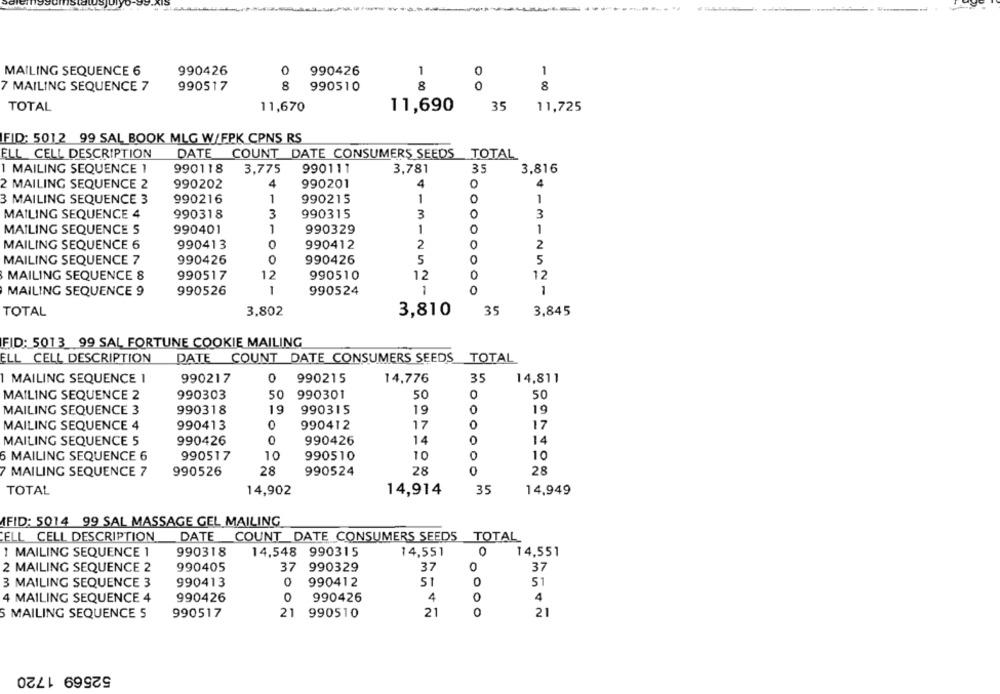
0
MAILING SEQUENCE 6
990426
990426
1
0
1
7 MAILING SEQUENCE 7
990517
8
990510
8
0
8
TOTAL
11,670
11,690
35
11,725
IFID: 5012 99 SAL BOOK MLG W/FPK CPNS RS
ELL CELL DESCRIPTION
DATE COUNT DATE CONSUMERS SEEDS TOTAL
I MAILING SEQUENCE 1
990118
3,775
990111
3,781
3,816
2 MAILING SEQUENCE 2
990202
4
990201
4
4
3 MAILING SEQUENCE 3
990216
1
990215
1
1
MAILING SEQUENCE 4
990318
3
990315
3
3
1
MAILING SEQUENCE S
990401
990329
1
1
MAILING SEQUENCE 6
990413
0
990412
2
2
MAILING SEQUENCE 7
990426
0
990426
5
5
MAILING SEQUENCE 8
990517
12
990510
12
12
MAILING SEQUENCE 9
990526
1
990524
1
300000000
1
TOTAL
3,802
3,810
35
3,845
FID: 5013 99 SAL FORTUNE COOKIE MAILING
ELL CELL DESCRIPTION
DATE COUNT DATE CONSUMERS SEEDS TOTAL
1 MAILING SEQUENCE 1
990217
0
990215
14,776
35
14,811
MAILING SEQUENCE 2
990303
50
990301
5C
0
50
MAILING SEQUENCE 3
19
990315
19
0
19
990318
0
MAILING SEQUENCE 4
990413
990412
17
17
MAILING SEQUENCE 5
990426
0
990426
14
0
14
6 MAILING SEQUENCE 6
990517
10
990510
10
0
10
MAILING SEQUENCE 7
28
990524
28
0
28
990526
TOTAL
14,902
14,914
35
14,949
IFID: 5014 99 SAL MASSAGE GEL MAILING
CELL CELL DESCRIPTION
DATE
COUNT DATE CONSUMERS SEEDS TOTAL
1 MAILING SEQUENCE 1
990318
14,548
990315
14,551
14,551
2 MAILING SEQUENCE 2
990405
37
990329
37
37
3 MAILING SEQUENCE 3
990413
0
990412
51
0
51
0
4
4
4 MAILING SEQUENCE 4
990426
990426
S MAILING SEQUENCE 5
990517
21
990510
21
0
21
52569 1720